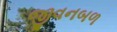
જીવનબળ